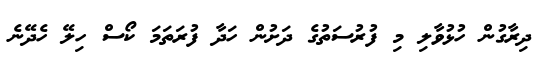
ދިރާގުން ހުޅުވާލި މި ފުރުސަތުގެ ދަށުން ހަދާ ފުރަތަމަ ކޯސް ހިލޭ ހެދޭނެ